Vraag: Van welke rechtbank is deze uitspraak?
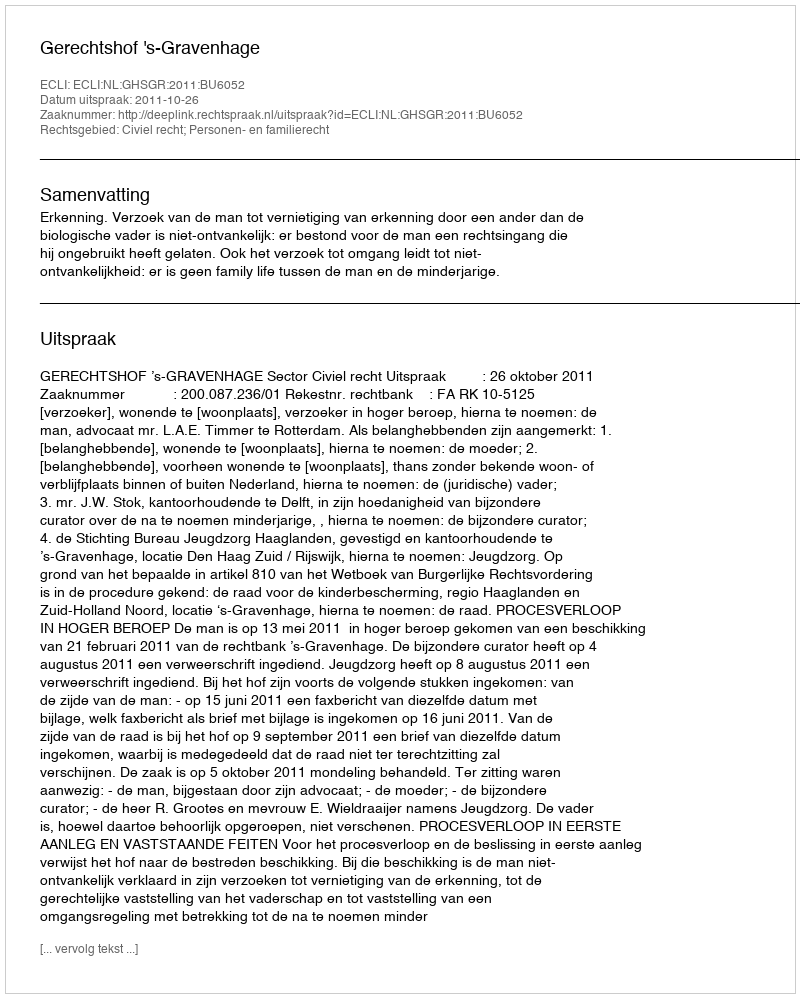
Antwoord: Gerechtshof 's-Gravenhage